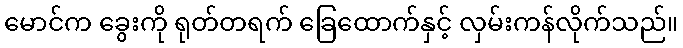
မောင်က ခွေးကို ရုတ်တရက် ခြေထောက်နှင့် လှမ်းကန်လိုက်သည်။